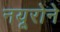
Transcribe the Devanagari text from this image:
नयूरोने